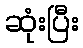
ဆုံးပြီး